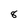
Character: 8